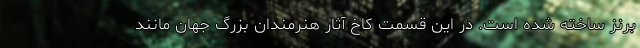
برنز ساخته شده است. در این قسمت کاخ آثار هنرمندان بزرگ جهان مانند